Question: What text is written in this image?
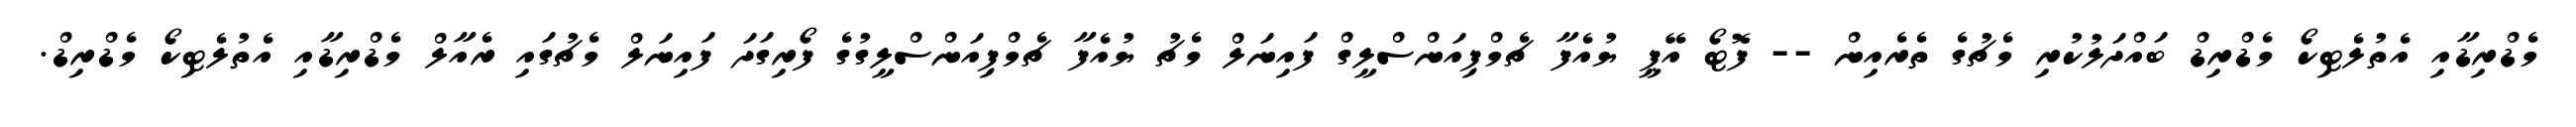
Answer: މެޑްރިޑާއި އެތުލެޓިކޯ މެޑްރިޑް ބައްދަލުކުރި މެޗުގެ ތެރެއިން -- ފޮޓޯ އޭޕީ ޔުއެފާ ޗެމްޕިއަންސްލީގް ފައިނަލް މެޗު ޔުއެފާ ޗެމްޕިއަންސްލީގުގެ ފޯރިގަދަ ފައިނަލް މެޗުގައި ރެއާލް މެޑްރިޑާއި އެތުލެޓިކޯ މެޑްރިޑް.